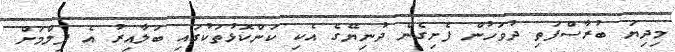
މިދިޔަ ބުރާސްފަތި ދުވަހުން ފެށިގެން ދުނިޔޭގެ އެކި ކަންކޮޅުތަކުގައި ބަލާއިރު އެ ފިލްމަށް